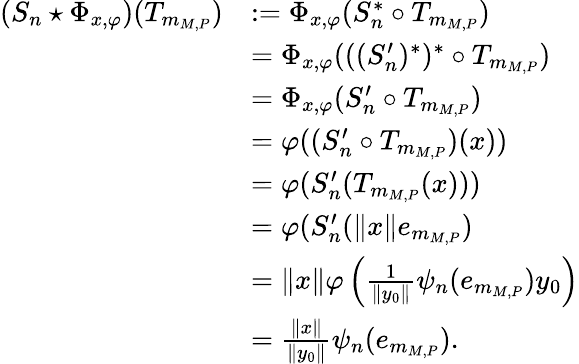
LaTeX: \begin{array}{rl}{(S_{n}\star\Phi_{x,\varphi})(T_{m_{M,P}})}&{:=\Phi_{x,\varphi}(S_{n}^{*}\circ T_{m_{M,P}})}\\ &{=\Phi_{x,\varphi}(((S_{n}^{\prime})^{*})^{*}\circ T_{m_{M,P}})}\\ &{=\Phi_{x,\varphi}(S_{n}^{\prime}\circ T_{m_{M,P}})}\\ &{=\varphi((S_{n}^{\prime}\circ T_{m_{M,P}})(x))}\\ &{=\varphi(S_{n}^{\prime}(T_{m_{M,P}}(x)))}\\ &{=\varphi(S_{n}^{\prime}(\lVert x\rVert e_{m_{M,P}})}\\ &{=\lVert x\rVert\varphi\left(\frac{1}{\lVert y_{0}\rVert}\psi_{n}(e_{m_{M,P}})y_{0}\right)}\\ &{=\frac{\lVert x\rVert}{\lVert y_{0}\rVert}\psi_{n}(e_{m_{M,P}}).}\end{array}